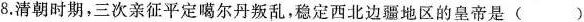
8.清朝时期，三次亲征平定噶尔丹叛乱，稳定西北边疆地区的皇帝是 ( )